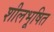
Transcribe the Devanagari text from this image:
शीलभूषित